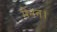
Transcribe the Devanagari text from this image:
मेनन।